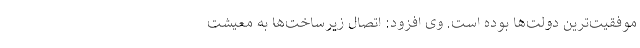
موفقیت‌ترین دولت‌ها بوده است. وی افزود: اتصال زیرساخت‌ها به معیشت